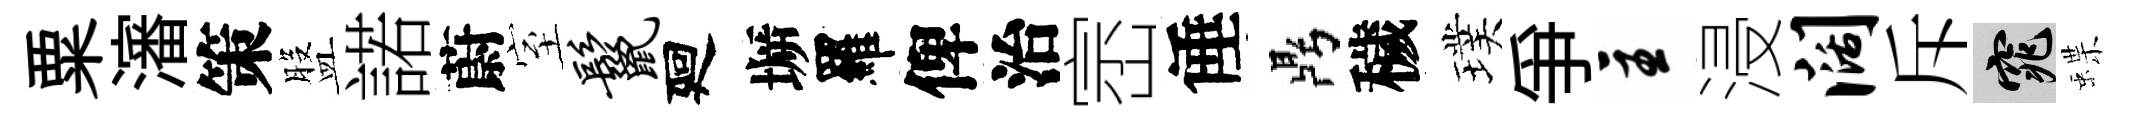
粟瀋策盤諾蔚室鬣廻󶱲羅俾治崈倕鼎穢璞争主浸阔斥窕蝶